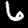
Digit: 6